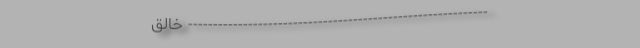
------------------------------------------------------------ خالق